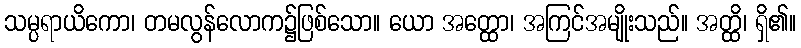
သမ္ပရာယိကော၊ တမလွန်လောက၌ဖြစ်သော။ ယော အတ္ထော၊ အကြင်အမျိုးသည်။ အတ္ထိ၊ ရှိ၏။